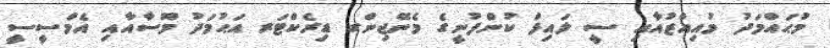
މުޙައްމަދު މުއިއްޒުއާއި ސީ ލައިފް ކުންފުނީގެ މެނޭޖިންގ ޑިރެކްޓަރ އަޙުމަދު މޫސާއާއި އެމްސީސީ